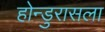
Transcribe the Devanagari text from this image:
होन्डुरासला